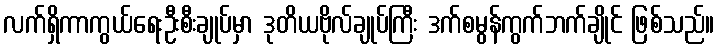
လက်ရှိကာကွယ်ရေးဦးစီးချုပ်မှာ ဒုတိယဗိုလ်ချုပ်ကြီး ဒက်စမွန်ကွက်ဘက်ချိုင် ဖြစ်သည်။